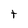
Character: t